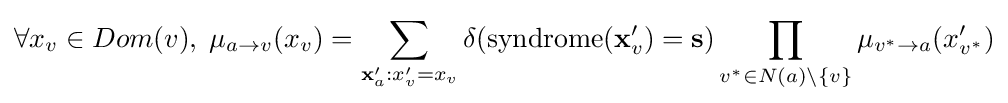
\forall x_{v}\in Dom(v),\;\mu _{a\to v}(x_{v})=\sum _{\mathbf {x} '_{a}:x'_{v}=x_{v}}\delta ({\text{syndrome}}({\mathbf {x} }'_{v})={\mathbf {s} })\prod _{v^{*}\in N(a)\setminus \{v\}}\mu _{v^{*}\to a}(x'_{v^{*}})